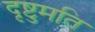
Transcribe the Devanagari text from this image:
दृष्टुमति